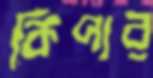
কিপার